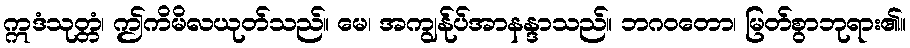
ဣဒံသုတ္တံ၊ ဤကိမိလယုတ်သည်။ မေ၊ အကျွန်ုပ်အာနန္ဒာသည်။ ဘဂဝတော၊ မြတ်စွာဘုရား၏။